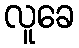
လူခေ